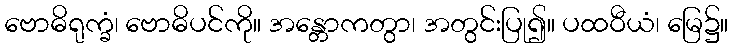
ဗောဓိရုက္ခံ၊ ဗောဓိပင်ကို။ အန္တောကတွာ၊ အတွင်းပြု၍။ ပထဝီယံ၊ မြေ၌။